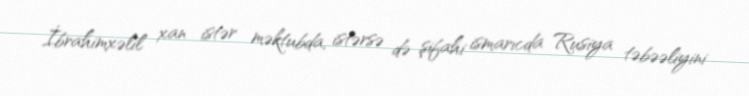
İbrahimxəlil xan istər məktubda, istərsə də şifahi ismarıcda Rusiya təbəəliyini